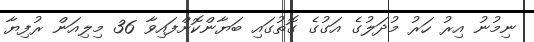
ނިމުނު އިރު ހަރު މުދަލުގެ އަގުގެ ގޮތުގައި ބަޔާންކޮށްފައިވާ 36 މިލިއަން ރުފިޔާ